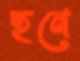
হনে